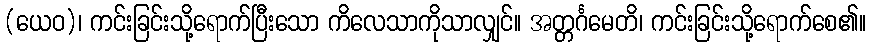
(ယေဝ)၊ ကင်းခြင်းသို့ရောက်ပြီးသော ကိလေသာကိုသာလျှင်။ အတ္တင်္ဂမေတိ၊ ကင်းခြင်းသို့ရောက်စေ၏။